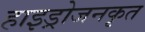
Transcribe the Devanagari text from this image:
हाइड्रोजनकृत